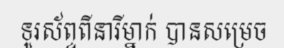
ទូរស័ព្ទពីនារីម្នាក់ បានសម្រេច